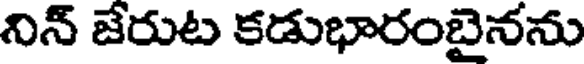
నిన్ జేరుట కడుభారంబైనను